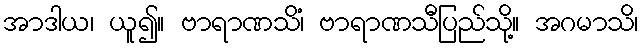
အာဒါယ၊ ယူ၍။ ဗာရာဏသိံ၊ ဗာရာဏသီပြည်သို့။ အဂမာသိ၊